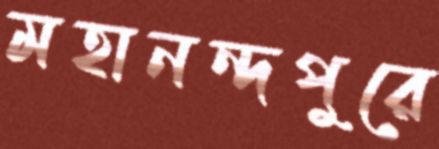
মহানন্দপুরে